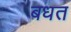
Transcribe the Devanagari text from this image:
बधत